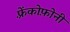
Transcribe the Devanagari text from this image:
फ़्रेंकोफ़ोनी